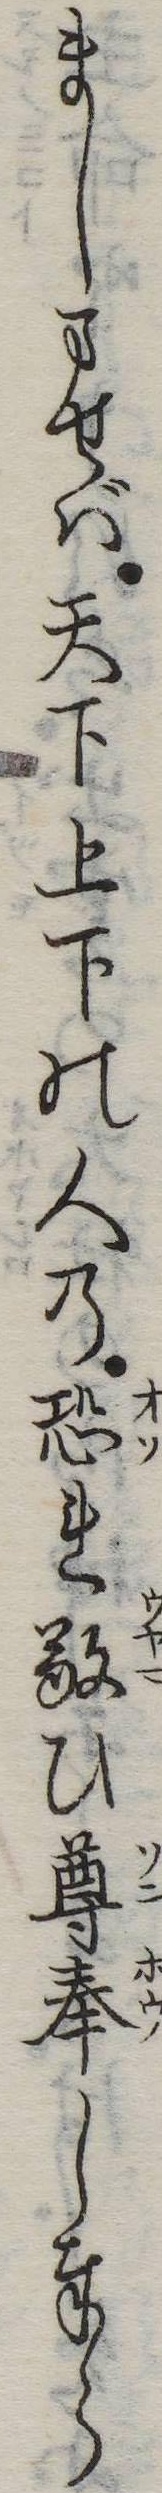
ましませば天下上下の人の恐れ敬ひ尊奉し奉ら